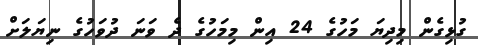
ގުޅިގެން މިދިޔަ މަހުގެ 24 އިން މިމަހުގެ ދެ ވަނަ ދުވަހުގެ ނިޔަލަށް